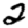
Digit: 2